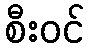
စီးဝင်